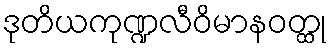
ဒုတိယကုဏ္ဍလီဝိမာနဝတ္ထု